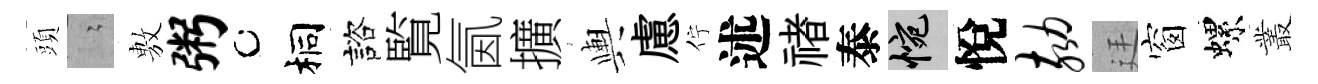
頭隐𢾾粥桐諮覧氤擴輿慮佇述禇泰惋悅劾廷窗螺叢